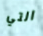
التي